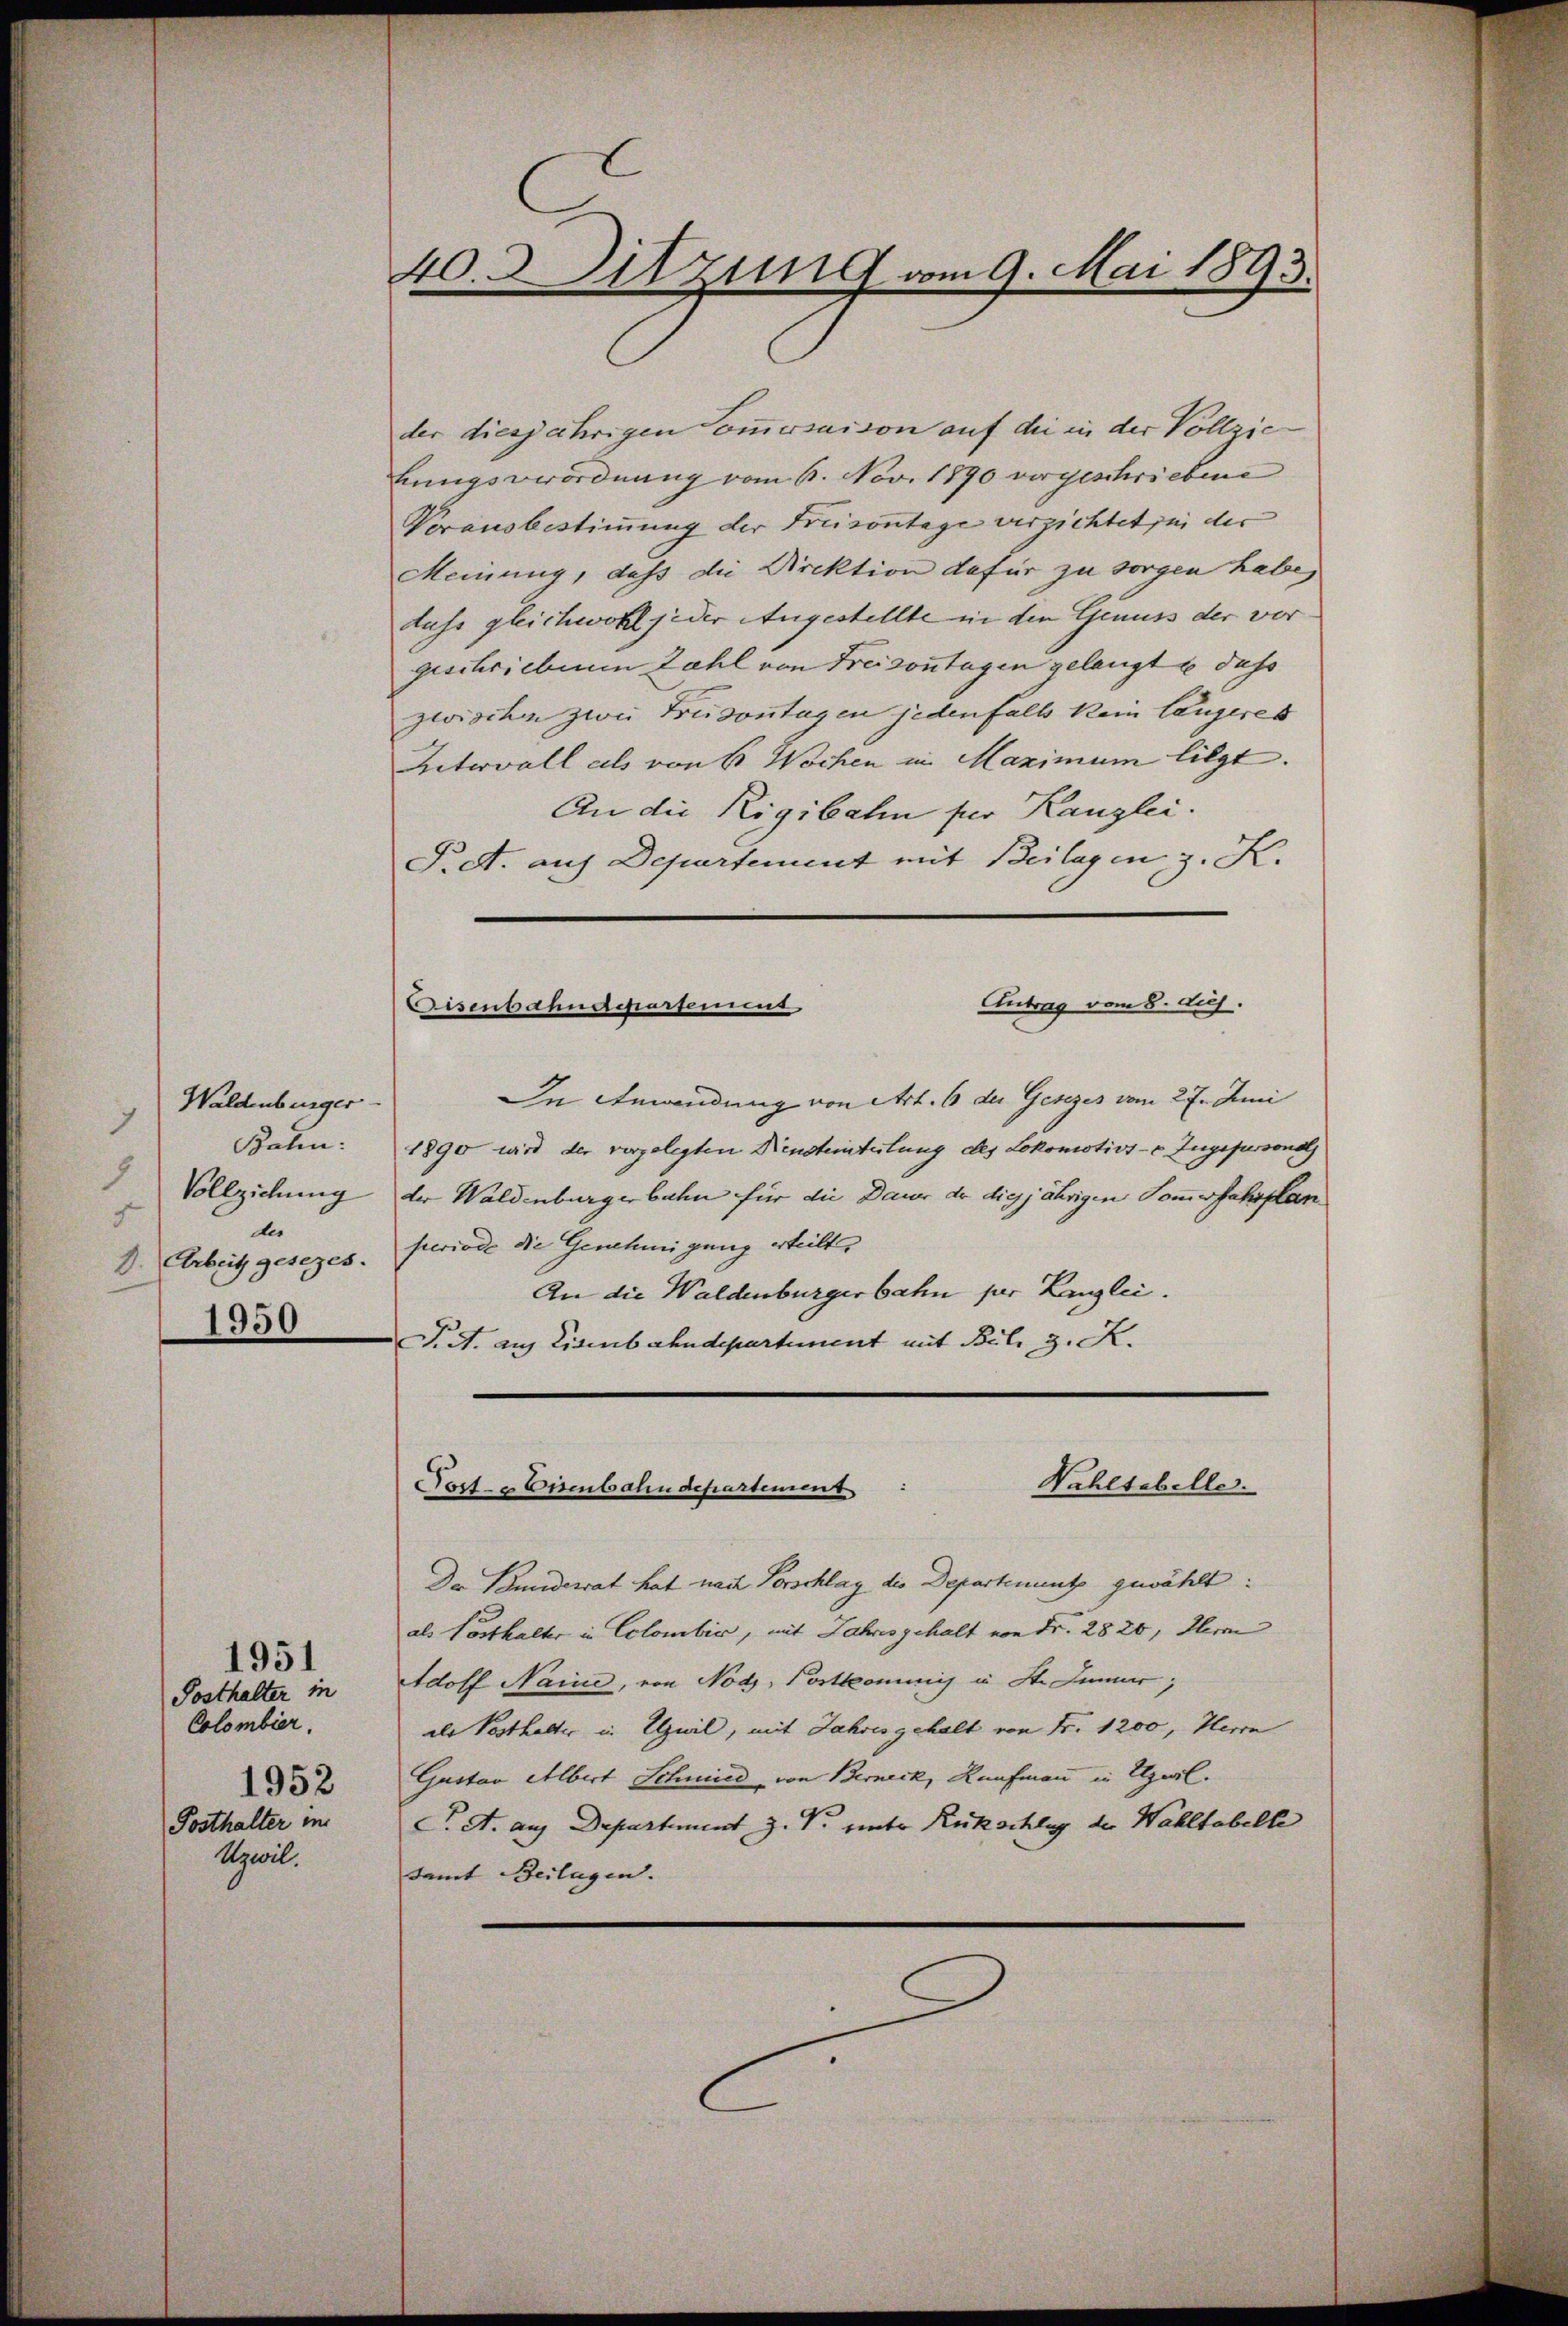
Waldenburger
7
Bahn:
1
Vollziehung
5
der
D. Arbeit gesezes.
1950

1951
Posthalter in
Colombier.
1952
Posthalter im
Azwil.

40. Sitzung vom 9. Mai 1893.

der diesjährigenommersaison auf die in der Vollzie
bungsverordnung vom 6. Nov. 1890 vergeschriebene
Vorausbestimmung der Freisontage verzichtet sei der
Meinung, daß die Direktion dafür zu sorgen habe,
duss gleichwohl jeder Angestellte in den Genuss der vor
geschrieben Zahl von Freizontagen gelangt u dass
zwischen zwei Freizontagen jedenfalls kein längeres
Untervall als von 6 Wochen in Maximum liegt.
An die Rigibahn für Kanzlei.
P.dt. auf Departement mit Beilagen z. K.
Antrag vom 8. huj.
In Anwendung von Art. 6 der Gesezes vom 27. Juni
1890 wird der vorgelegten Diensteinteilung des Lokomotivi- Zugejussonal
der Waldenburgerbahn für die Dauer der diesjährigen Sommerfahrplan
periode die Genehmigung erteilt
An die Waldenburgerbahn per Kanzlei.
J. A. auf Eisenbahndepartement mit Beli d. K.
3
Nahltabelle.
Post- & Eisenbahndepartement
Da Bundesrat hat nach Vorschlag die Departement gewählt:
als Posthalter in Colombie, mit Jahres gehalt von Fr. 2820, Herr
Adolf Naine, von Nod, Postkommis u St. Jenner,
als Posthalter in Alpwil, mit Jahres gehalt von Fr. 1200, Herrn
Gustav Albert Schmied von Berneck, Kaufmann in Utzwil.
T. A. aus Departement Z. V. unter Rückschlag der Wahltabelle
damit Beilagen.

Disenbahndepartement